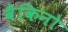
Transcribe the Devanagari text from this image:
वैकिनो